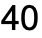
40